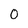
Character: 0